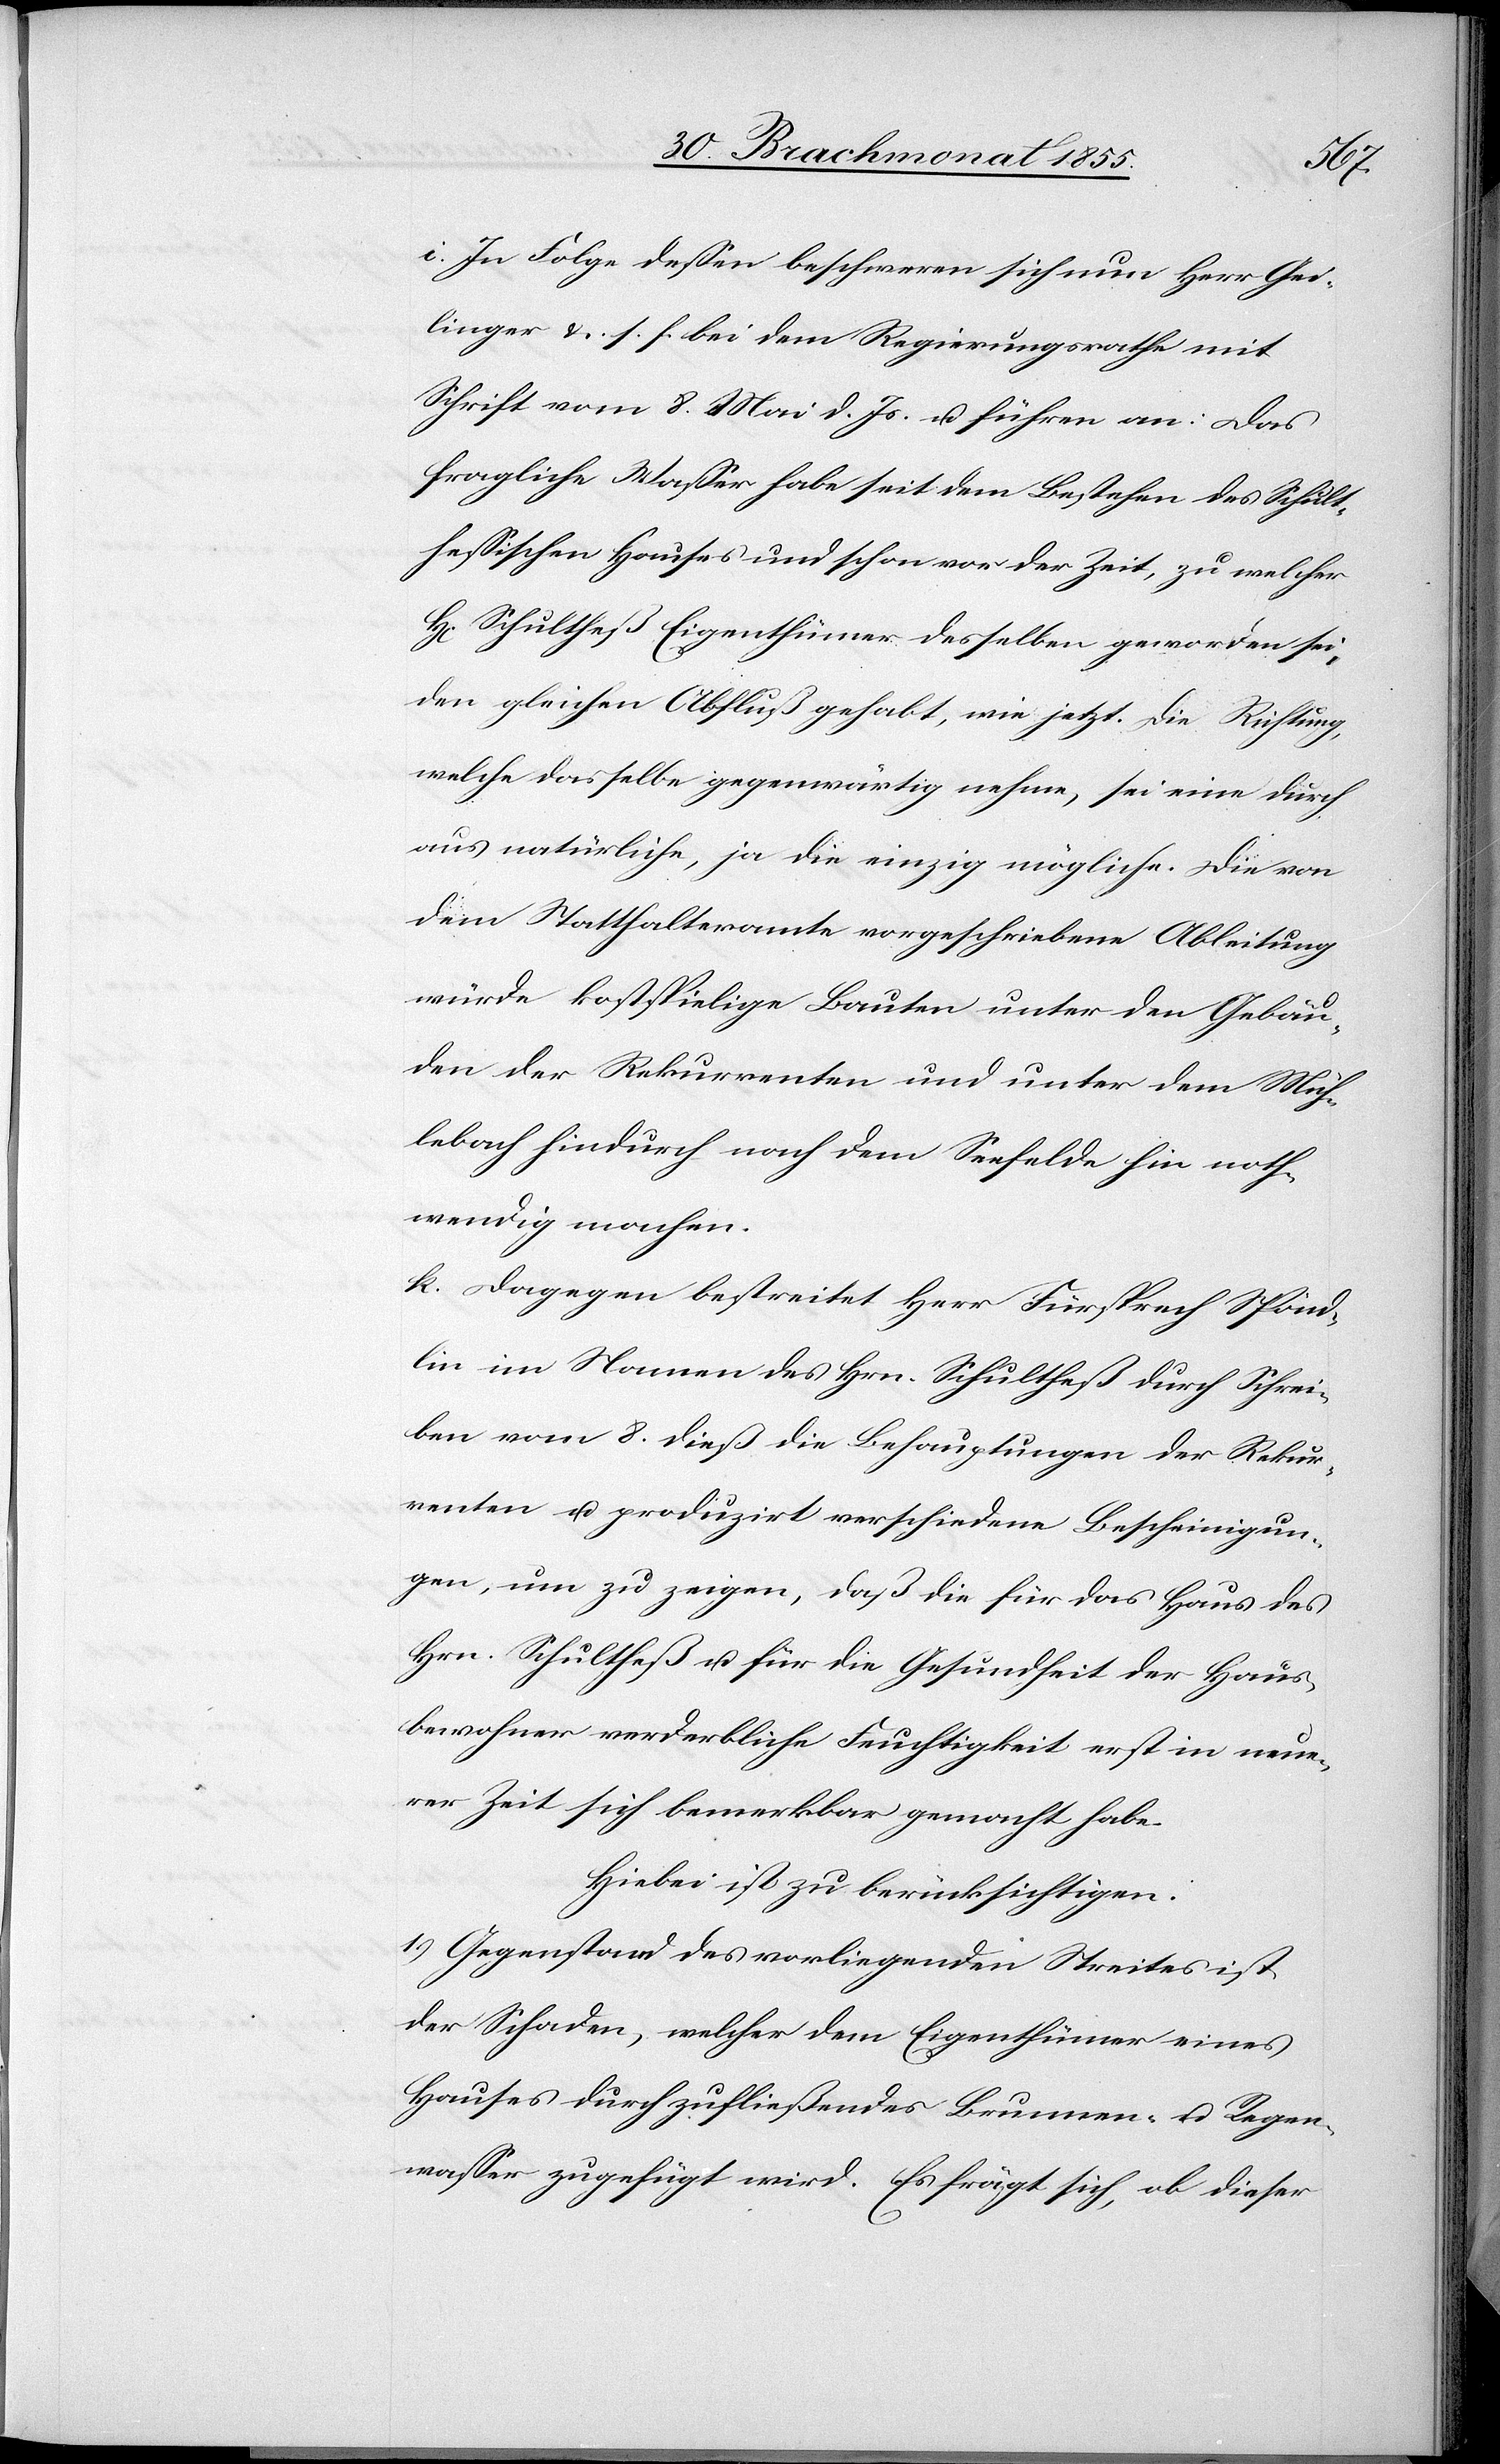
i. In Folge dessen beschweren sich nun Herr Gei¬
linger &. s. f. bei dem Regierungsrathe mit
Schrift vom 8. Mai d. Js. u. führen an: Das
fragliche Wasser habe seit dem Bestehen des Schult¬
hessischen Hauses und schon vor der Zeit, zu welcher
Schultheß Eigenthümer desselben geworden sei,
den gleichen Abfluß gehabt, wie jetzt. Die Richtung,
welche dasselbe gegenwärtig nehme, sei eine durch¬
aus natürliche, ja die einzig mögliche. Die von
dem Statthalteramte vorgeschriebene Ableitung
würde kostspielige Bauten unter den Gebäu¬
den der Rekurrenten und unter dem Müh¬
lebach hindurch nach dem Seefelde hin noth¬
wendig machen.
k. Dagegen bestreitet Herr Fürsprech Spönd¬
lin im Namen des Hrn. Schultheß durch Schrei¬
ben vom 8. dieß die Behauptungen der Rekur¬
renten u. produzirt verschiedene Bescheinigun¬
gen, um zu zeigen, daß die für das Haus des
Hrn. Schultheß u. für die Gesundheit der Haus¬
bewohner verderbliche Feuchtigkeit erst in neue¬
rer Zeit sich bemerkbar gemacht habe.
Hiebei ist zu berücksichtigen:
1.) Gegenstand des vorliegenden Streites ist
der Schaden, welcher dem Eigenthümer eines
Hauses durch zufließendes Brunnen- u. Regen¬
wasser zugefügt wird. Es frägt sich, ob dieser